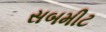
સબમીટ